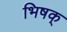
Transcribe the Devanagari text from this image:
भिषक्